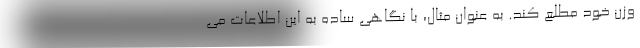
وزن خود مطلع کند. به عنوان مثال، با نگاهی ساده به این اطلاعات می‌